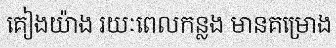
គៀងយ៉ាង រយៈពេលកន្លង មានគម្រោង